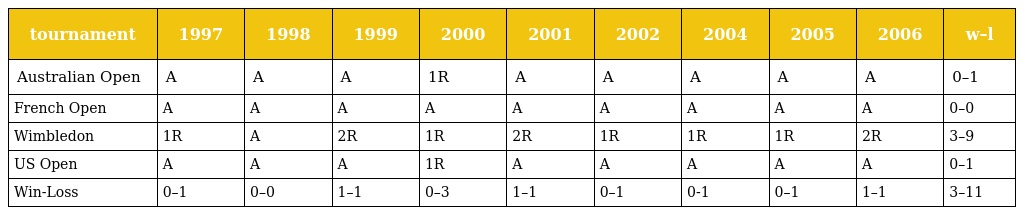
| tournament | 1997 | 1998 | 1999 | 2000 | 2001 | 2002 | 2004 | 2005 | 2006 | w–l |
 | --- | --- | --- | --- | --- | --- | --- | --- | --- | --- | --- |
 | Australian Open | A | A | A | 1R | A | A | A | A | A | 0–1 |
 | French Open | A | A | A | A | A | A | A | A | A | 0–0 |
 | Wimbledon | 1R | A | 2R | 1R | 2R | 1R | 1R | 1R | 2R | 3–9 |
 | US Open | A | A | A | 1R | A | A | A | A | A | 0–1 |
 | Win-Loss | 0–1 | 0–0 | 1–1 | 0–3 | 1–1 | 0–1 | 0-1 | 0–1 | 1–1 | 3–11 |